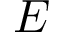
E